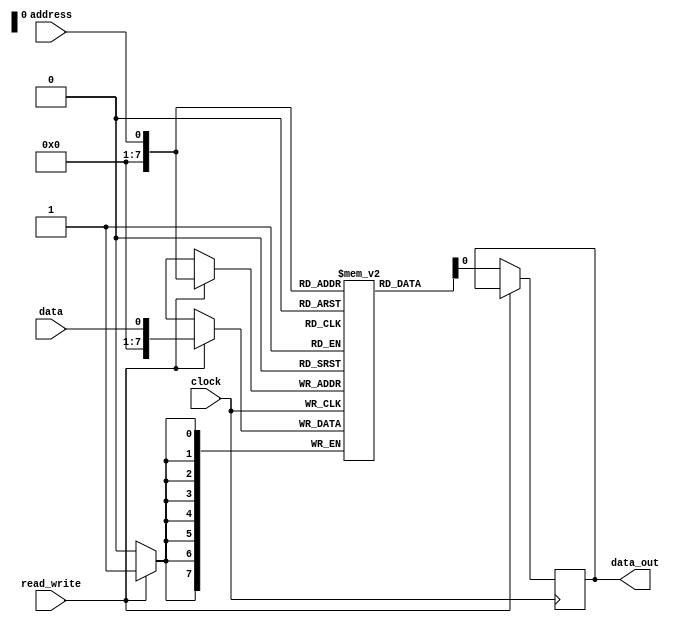
module eeprom (
    input wire clock,
    input wire address,
    input wire data,
    input wire read_write,
    output reg data_out
);

reg [7:0] memory [0:255]; // 256 memory cells, each 8 bits wide

always @(posedge clock) begin
    if (read_write) begin // write operation
        memory[address] <= data;
    end else begin // read operation
        data_out <= memory[address];
    end
end

endmodule